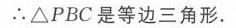
\(\therefore\triangle PBC\)是等边三角形.